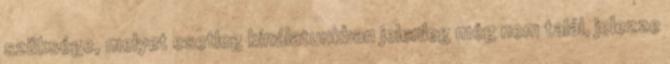
szüksége, melyet esetleg kínálatunkban jelenleg még nem talál, jelezze